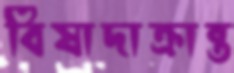
বিষাদাক্রান্ত